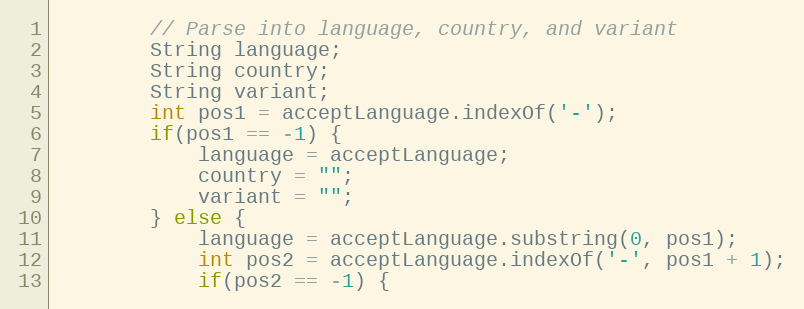
Language: Java
		// Parse into language, country, and variant
		String language;
		String country;
		String variant;
		int pos1 = acceptLanguage.indexOf('-');
		if(pos1 == -1) {
			language = acceptLanguage;
			country = "";
			variant = "";
		} else {
			language = acceptLanguage.substring(0, pos1);
			int pos2 = acceptLanguage.indexOf('-', pos1 + 1);
			if(pos2 == -1) {